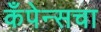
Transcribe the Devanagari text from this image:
कँपेन्सचा